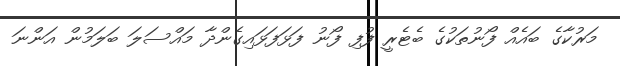
މަރުކާގެ ބައެއް ފޯނުތަކުގެ ބެޓެރީ ފުފި ފޯނު ފަޅަފަޅައިގެންދާ މައްސަލަ ބަލަމުން އަންނަ